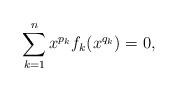
LaTeX: \begin{align*} \sum_{k=1}^{n}x^{p_{k}}f_{k}(x^{q_{k}})=0, \end{align*}